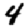
Digit: 4